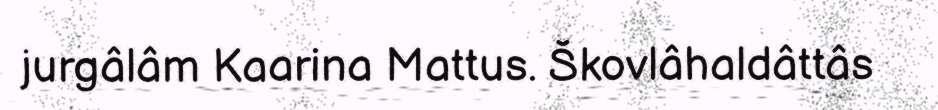
jurgâlâm Kaarina Mattus. Škovlâhaldâttâs